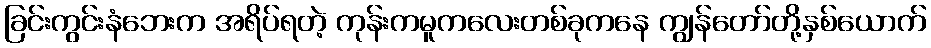
ခြင်းကွင်းနံဘေးက အရိပ်ရတဲ့ ကုန်းကမူကလေးတစ်ခုကနေ ကျွန်တော်တို့နှစ်ယောက်